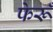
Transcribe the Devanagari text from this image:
फेरूँ